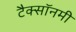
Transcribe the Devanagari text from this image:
टैक्सॉनमी